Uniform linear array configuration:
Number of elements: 16
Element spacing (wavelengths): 0.75
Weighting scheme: blackman
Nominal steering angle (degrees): -15
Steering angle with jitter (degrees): -14.436
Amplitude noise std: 0.05
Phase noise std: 0.05

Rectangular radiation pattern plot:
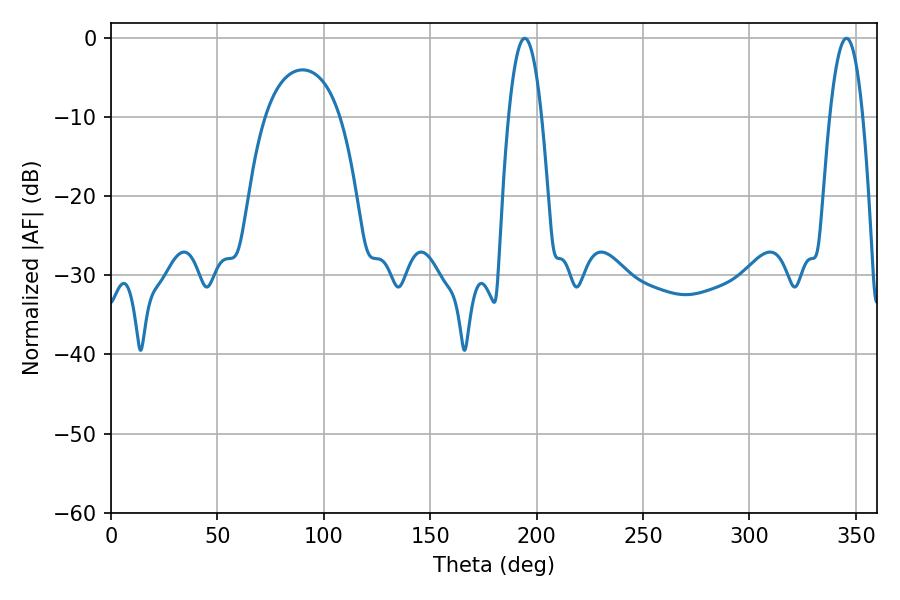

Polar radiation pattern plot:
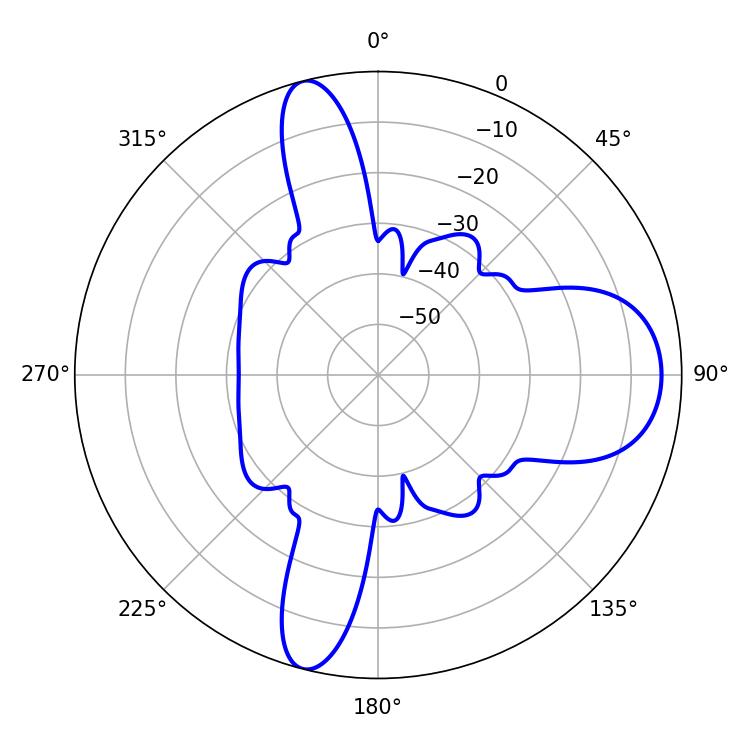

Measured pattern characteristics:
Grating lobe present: TRUE
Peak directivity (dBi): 12.899
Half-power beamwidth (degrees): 8.46
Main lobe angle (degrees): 194.4